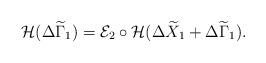
LaTeX: \begin{align*} \mathcal{H}(\Delta\widetilde{\Gamma}_1)=\mathcal{E}_2\circ\mathcal{H}(\Delta\widetilde{X}_1+\Delta\widetilde{\Gamma}_1). \end{align*}